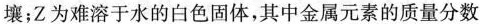
壤；Z为难溶于水的白色固体，其中金属元素的质量分数